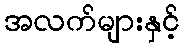
အလက်များနှင့်